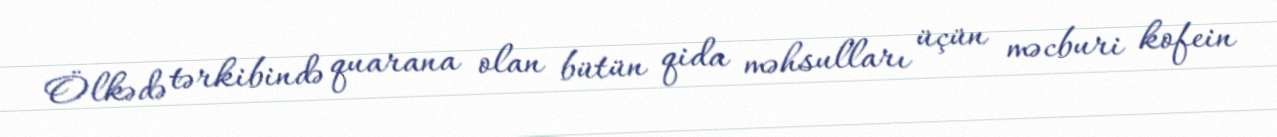
Ölkədə tərkibində quarana olan bütün qida məhsulları üçün məcburi kofein